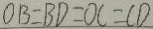
O B = B D = O C = C D